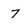
Character: 7